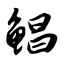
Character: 鲳